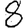
Digit: 8